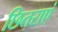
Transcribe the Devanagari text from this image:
छितराएं